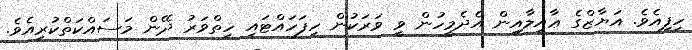
ހިފިއެވެ. އަޔާޒްގެ ޢާއިލާއިން އެދެމީހުން ވީ ވަރަކުން ހިފަހައްޓައި ހިތްވަރު ދޭން މަސައްކަތްކުރިއެވެ.